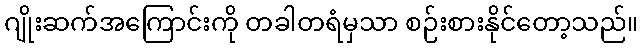
ဂျိုးဆက်အကြောင်းကို တခါတရံမှသာ စဉ်းစားနိုင်တော့သည်။